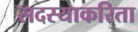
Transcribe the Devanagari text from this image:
सदस्याकरिता